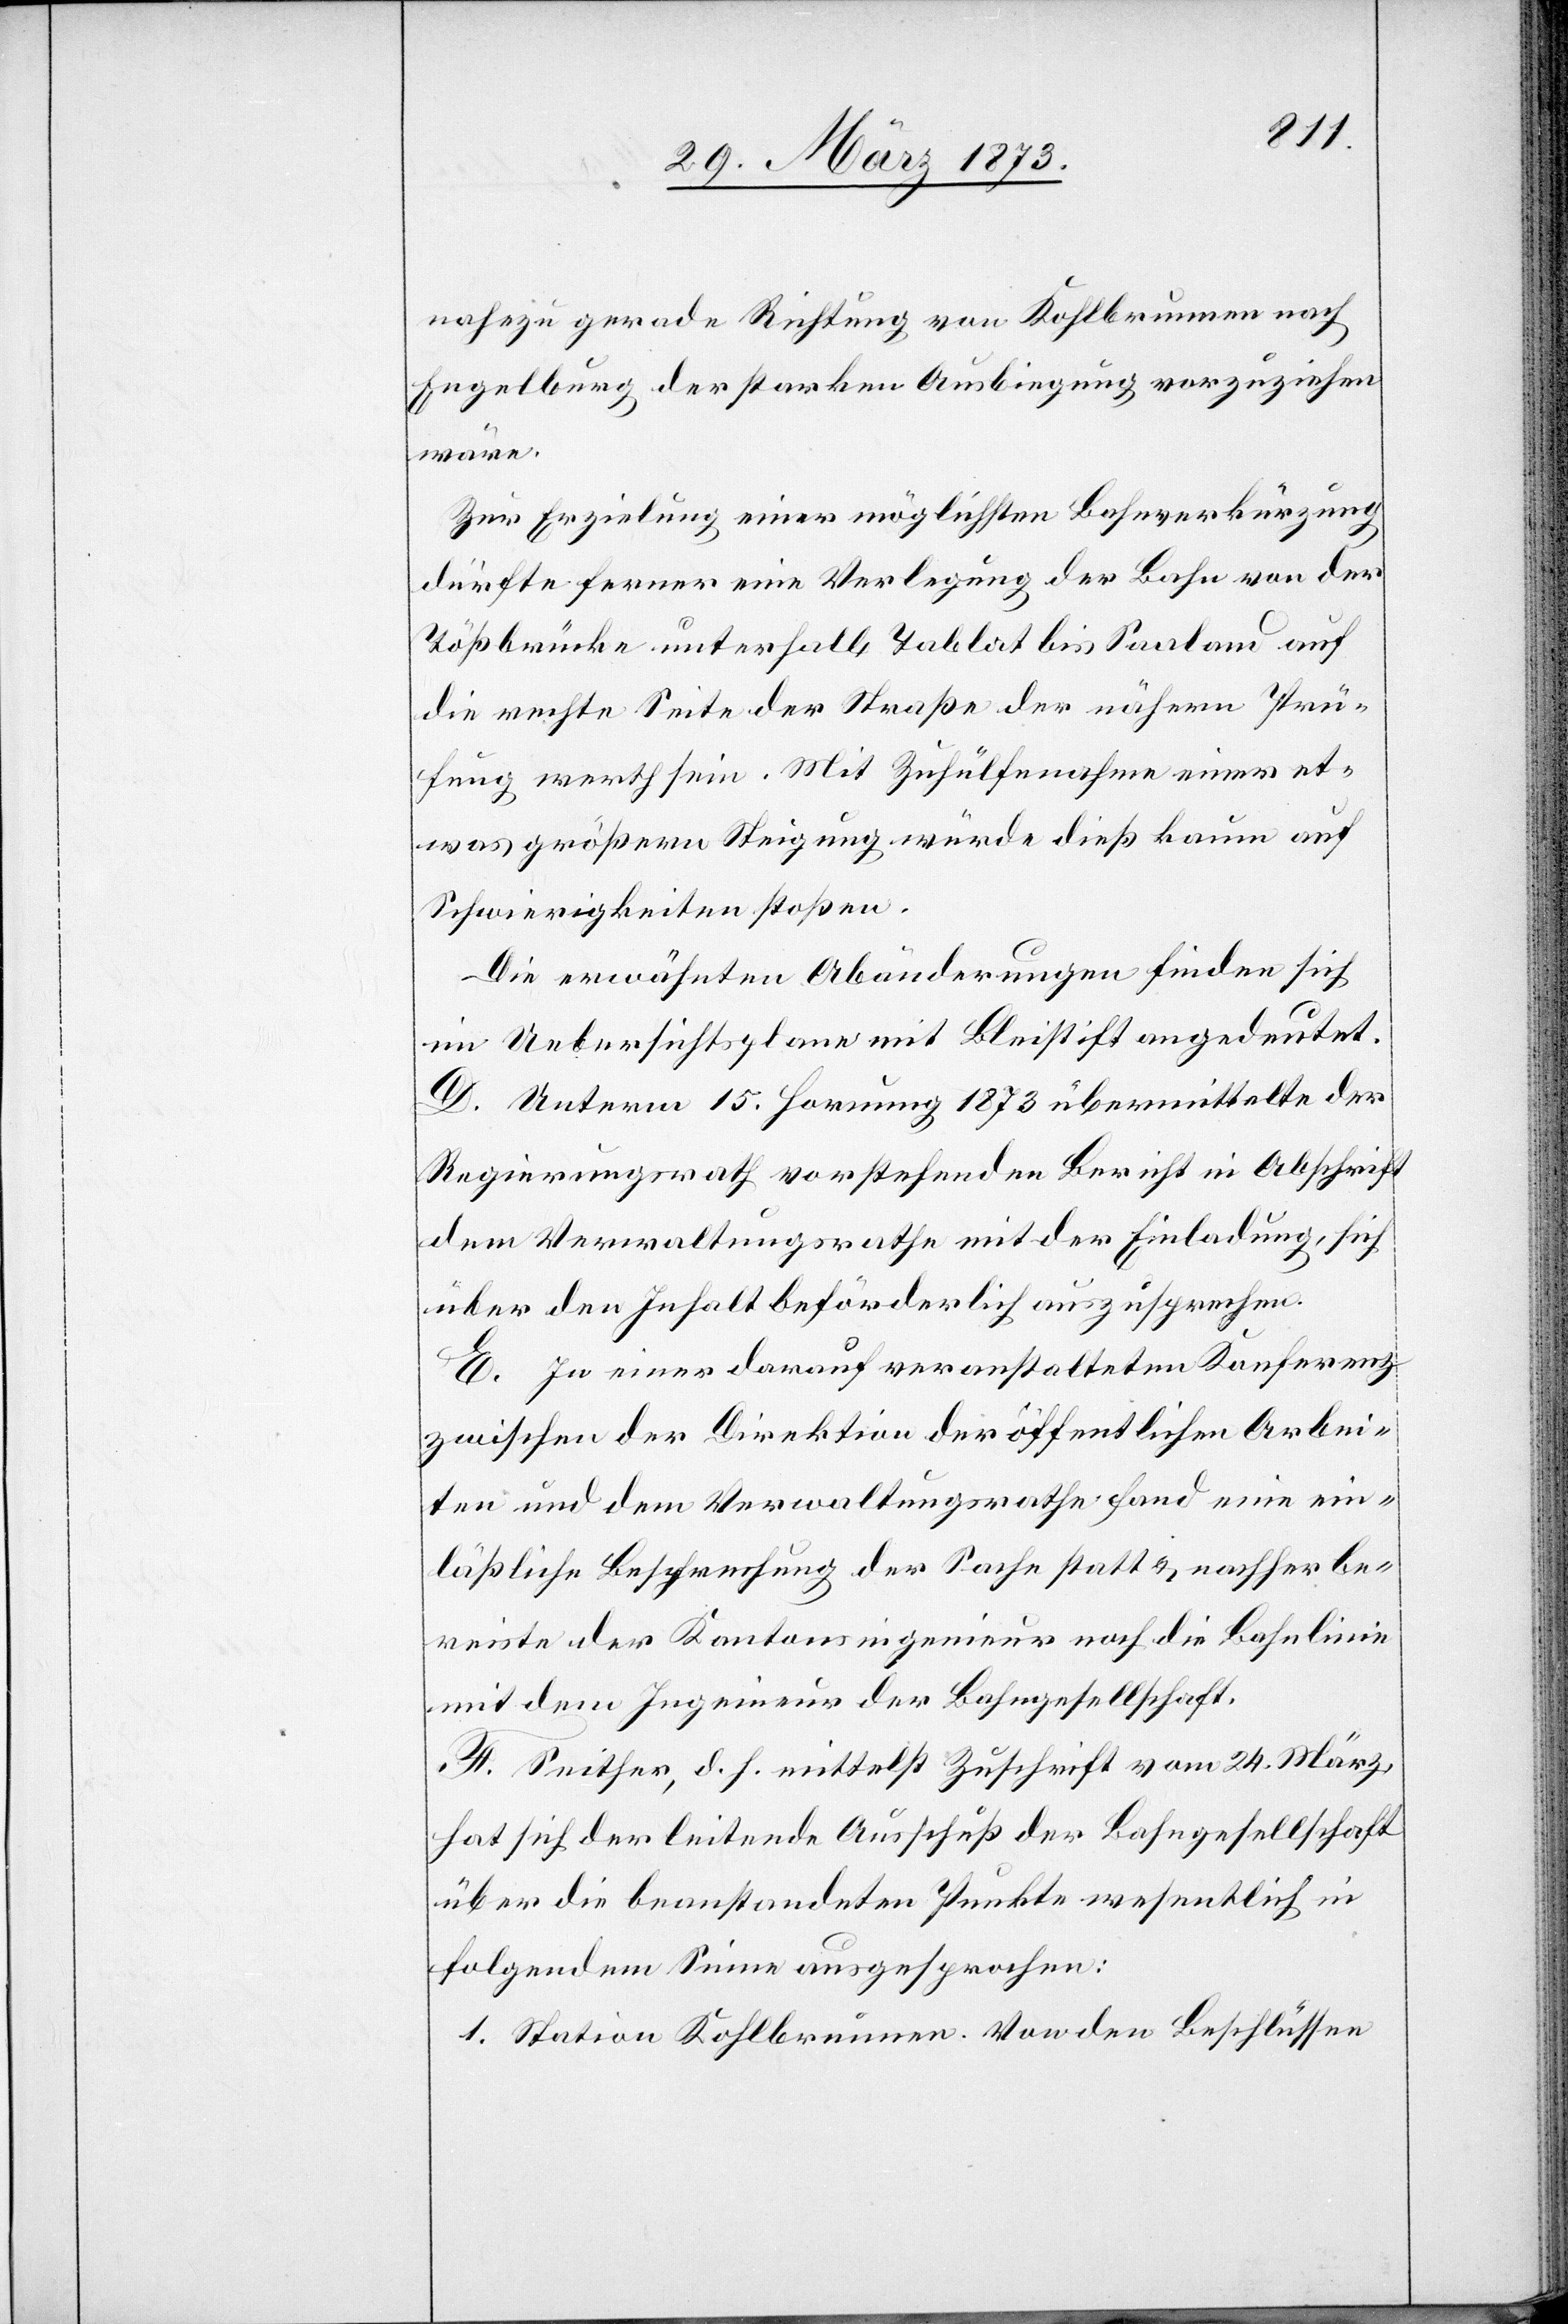
nahezu gerade Richtung von Kohlbrunnen nach
Engelberg der starken Ausbiegung vorzuziehen
wäre.
Zur Erzielung einer möglichsten Bahnverkürzung
dürfte ferner eine Verlegung der Bahn von der
Tößbrücke unterhalb Tablat bis Saaland auf
die rechte Seite der Straße der nähern Prü¬
fung werth sein. Mit Zuhülfenahme einer et¬
was größern Steigung würde dieß kaum auf
Schwierigkeiten stoßen.
Die erwähnten Abänderungen finden sich
im Uebersichtsplane mit Bleistift angedeutet.
D. Unterm 15. Hornung 1873 übermittelte der
Regierungsrath vorstehenden Bericht in Abschrift
dem Verwaltungsrathe mit der Einladung, sich
über den Inhalt beförderlich auszusprechen.
E. In einer darauf veranstalteten Konferenz
zwischen der Direktion der öffentlichen Arbei¬
ten und dem Verwaltungsrathe fand eine ein¬
läßliche Besprechung der Sache statt u. nachher be¬
reiste der Kantonsingenieur noch die Bahnlinie
mit dem Ingenieur der Bahngesellschaft.
F. Seither, d. h. mittelst Zuschrift vom 24. März,
hat sich der leitende Ausschuß der Bahngesellschaft
über die beanstandeten Punkte wesentlich in
folgendem Sinne ausgesprochen:
1. Station Kohlbrunnen. Von den Beschlüssen